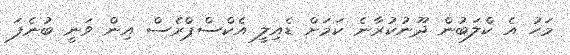
މަހު އެ ކްލަބުން ދޫނުކުރާނެ ކަމަށް ޑެއިލީ އެކްސްޕްރެސް އިން ވަނީ ބުނެފަ